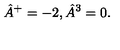
\hat { A } ^ { + } = - 2 , \hat { A } ^ { 3 } = 0 .